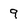
Character: 9